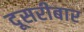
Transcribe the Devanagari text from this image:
दूसरीबार